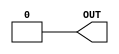
module GP_VSS(output OUT);
       assign OUT = 0;
endmodule